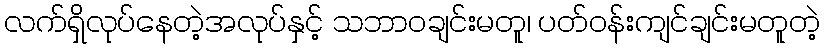
လက်ရှိလုပ်နေတဲ့အလုပ်နှင့် သဘာဝချင်းမတူ၊ ပတ်ဝန်းကျင်ချင်းမတူတဲ့